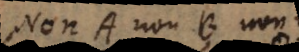
ac: A non B non